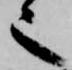
也